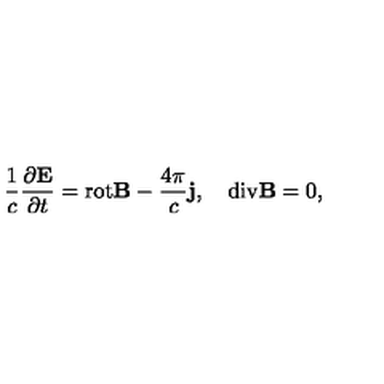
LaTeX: \frac 1 c \frac { \partial { \bf E } } { \partial t } = \mathrm { r o t } { \bf B } - \frac { 4 \pi } { c } { \bf j } , \quad \mathrm { d i v } { \bf B } = 0 ,